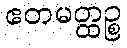
ဧတမတ္ထဉ္စ